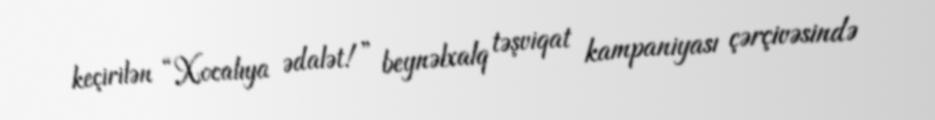
keçirilən “Xocalıya ədalət!” beynəlxalq təşviqat kampaniyası çərçivəsində